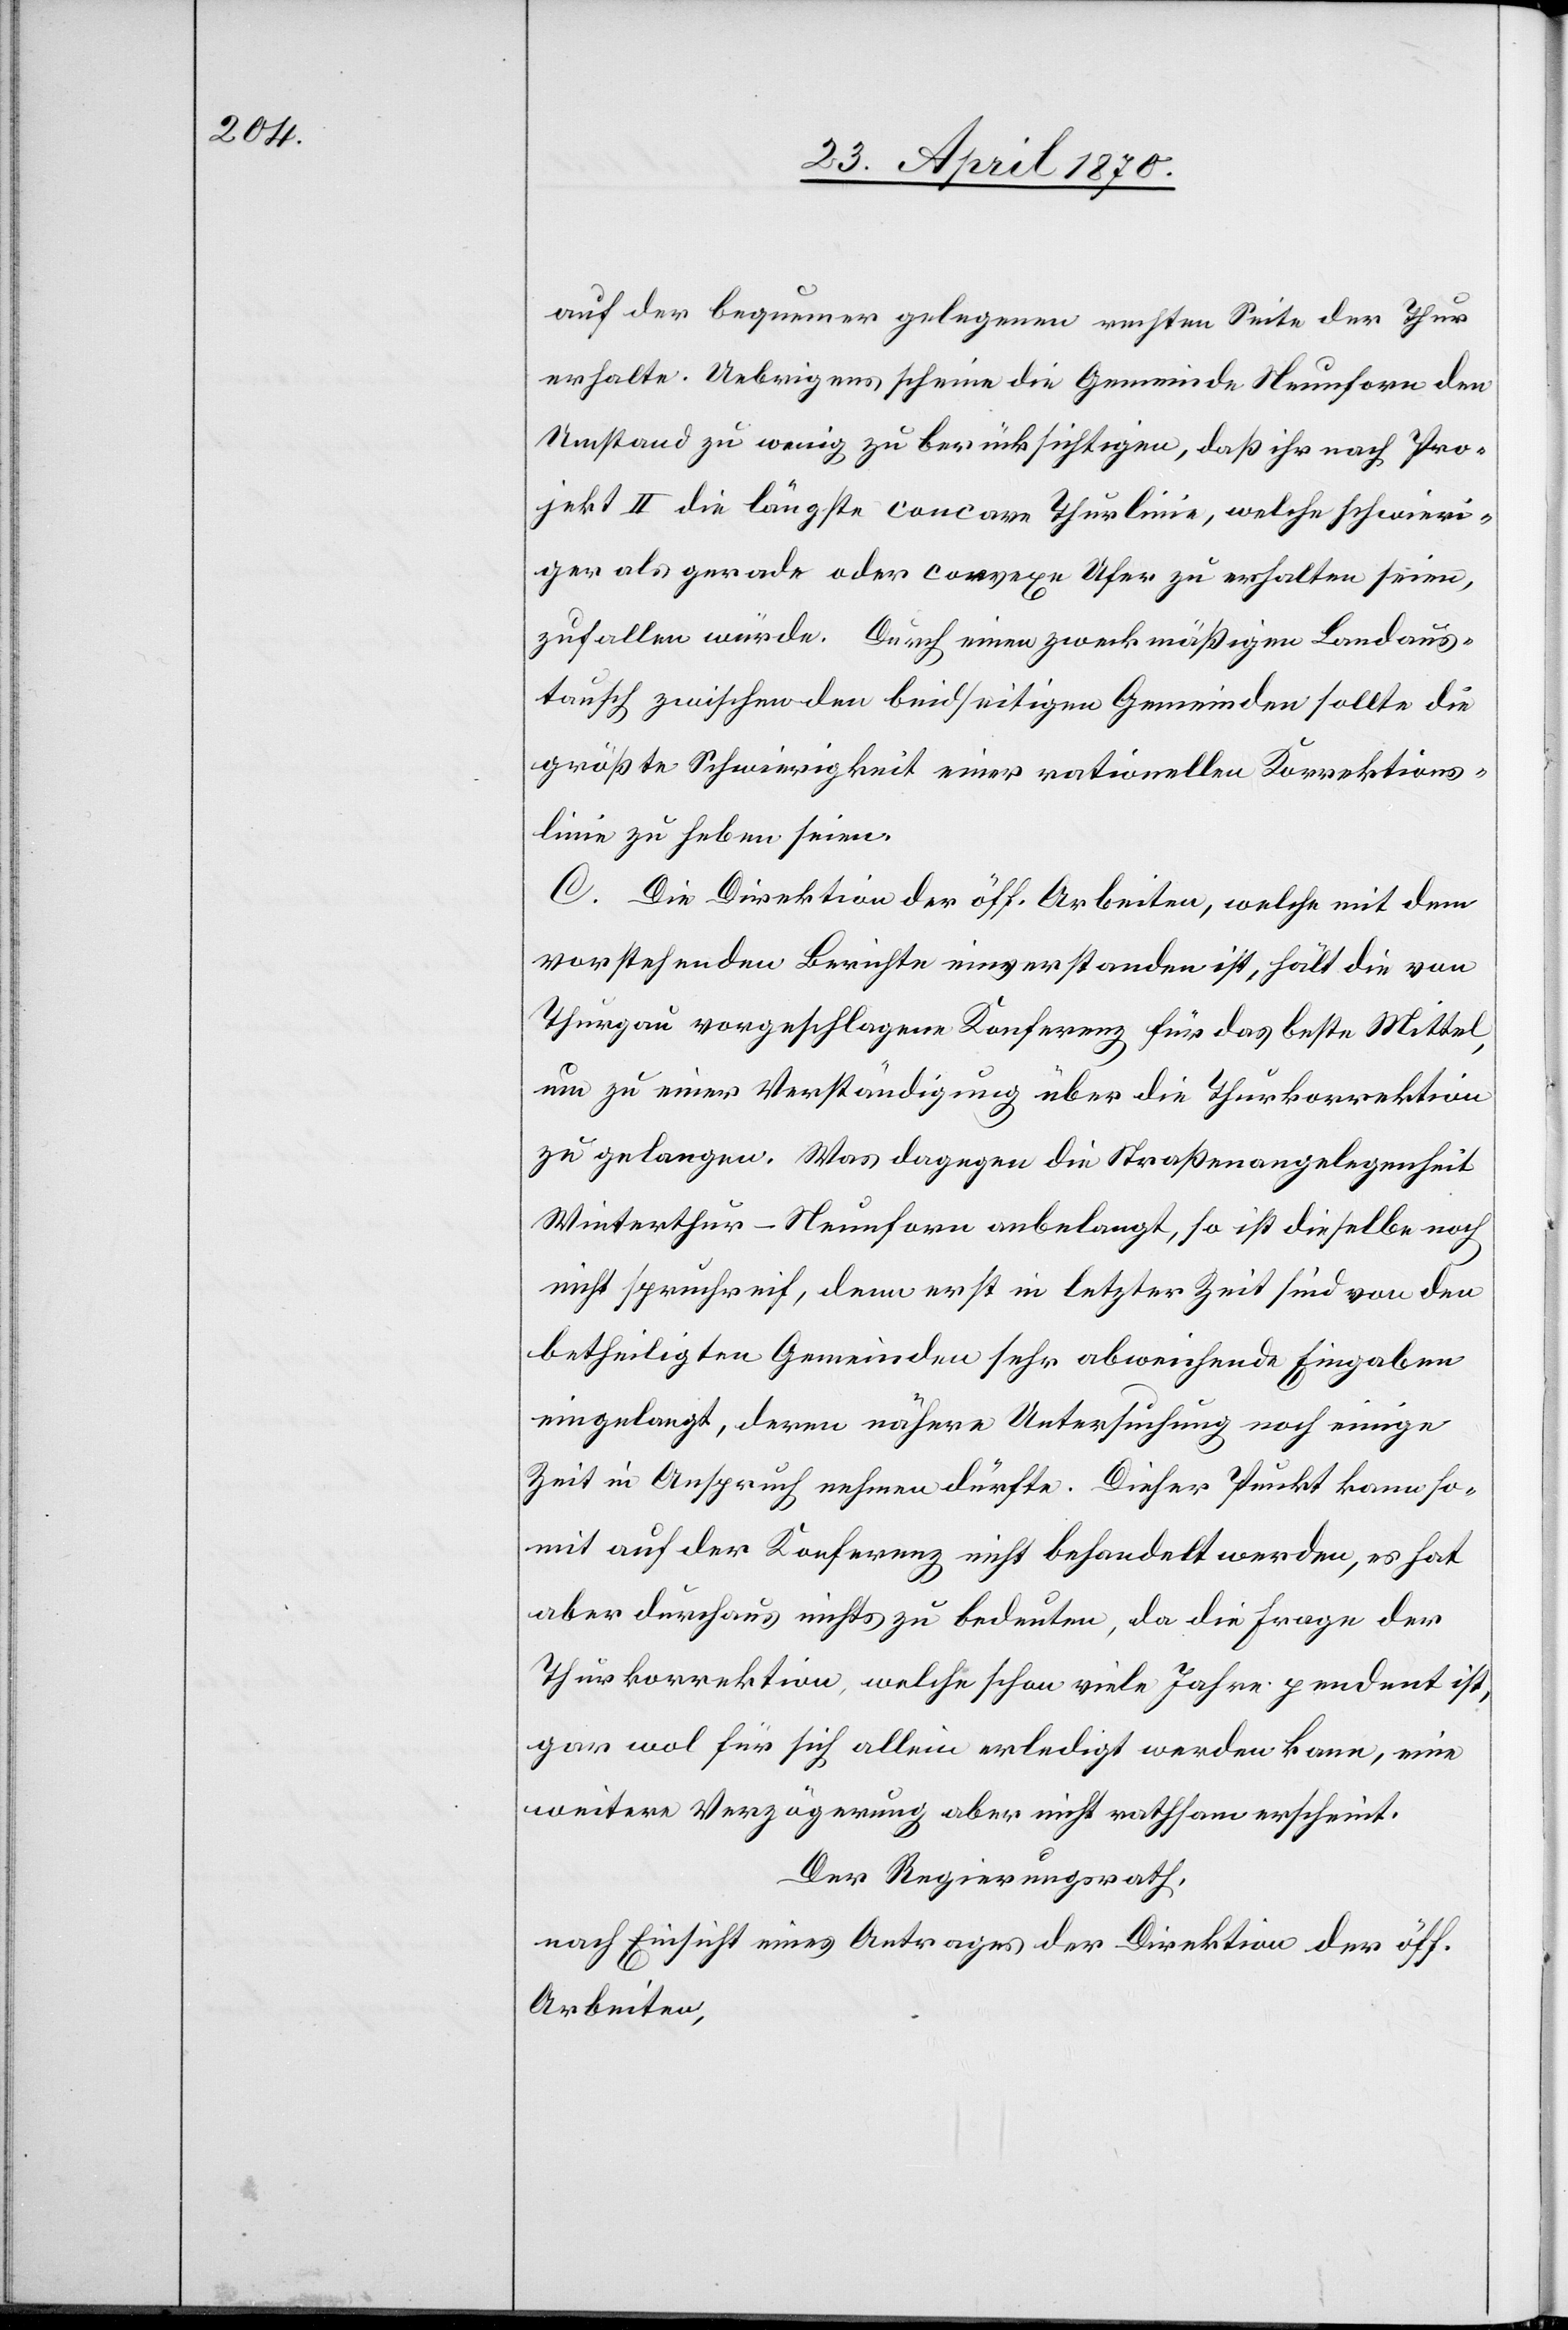
auf der bequemer gelegenen rechten Seite der Thur
erhalte. Uebrigens scheine die Gemeinde Neunforn den
Umstand zu wenig zu berücksichtigen, daß ihr nach Pro¬
jekt II die längste concave Thurlinie, welche schwieri¬
ger als gerade oder convexe Ufer zu erhalten seien,
zufallen würde. Durch einen zweckmäßigen Landaus¬
tausch zwischen den beidseitigen Gemeinden sollte die
größte Schwierigkeit einer rationellen Korrektions¬
linie zu heben seien
C. Die Direktion der öff. Arbeiten, welche mit dem
vorstehenden Berichte einverstanden ist, hält die von
Thurgau vorgeschlagene Konferenz für das beste Mittel,
um zu einer Verständigung über die Thurkorrektion
zu gelangen. Was dagegen die Straßenangelegenheit
Winterthur–Neunforn anbelangt, so ist dieselbe noch
nicht spruchreif, denn erst in letzter Zeit sind von den
betheiligten Gemeinden sehr abweichende Eingaben
eingelangt, deren nähere Untersuchung noch einige
Zeit in Anspruch nehmen dürfte. Dieser Punkt kann so¬
mit auf der Konferenz nicht behandelt werden, es hat
aber durchaus nichts zu bedeuten, da die Frage der
Thurkorrektion, welche schon viele Jahre pendent ist,
gar wol für sich allein erledigt werden kann, eine
weitere Verzögerung aber nicht rathsam erscheint.
Der Regierungsrath,
nach Einsicht eines Antrages der Direktion der öff.
Arbeiten,